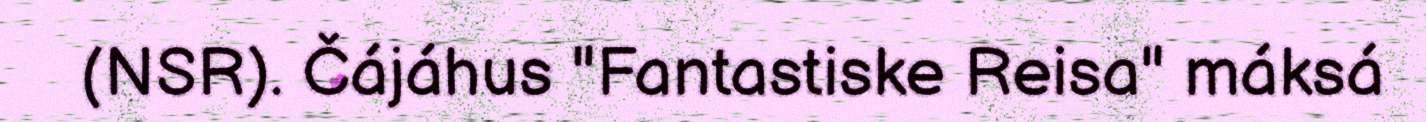
(NSR). Čájáhus "Fantastiske Reisa" máksá